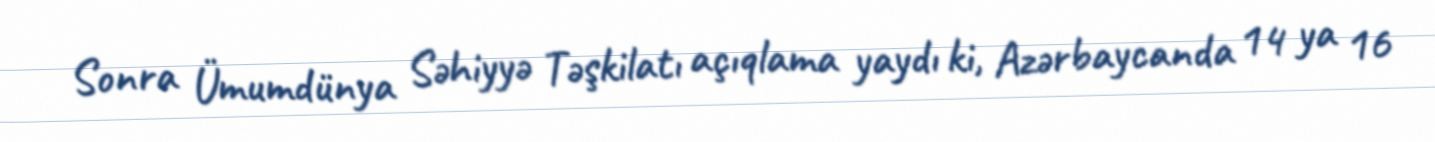
Sonra Ümumdünya Səhiyyə Təşkilatı açıqlama yaydı ki, Azərbaycanda 14 ya 16